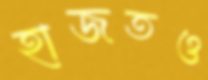
হাজতও